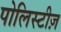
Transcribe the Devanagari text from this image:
पोलिस्टीज़